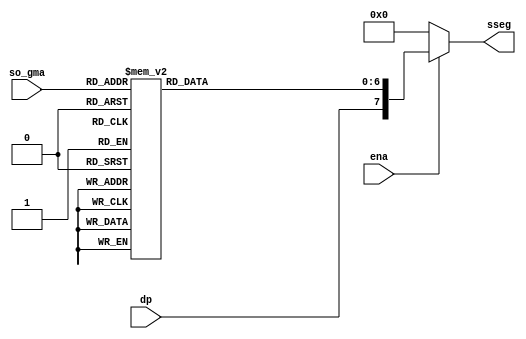
`timescale 1ns / 1ps
//////////////////////////////////////////////////////////////////////////////////
// Company: 
// Engineer: 
// 
// Design Name: 
// Module Name: Giaima_7doan_ena_dp
// Project Name: 
// Target Devices: 
// Tool Versions: 
// Description: 
// 
// Dependencies: 
// 
// Revision:
// Revision 0.01 - File Created
// Additional Comments:
// 
//////////////////////////////////////////////////////////////////////////////////


module Giaima_7doan_ena_dp(
    input   [3:0] so_gma,
    input   ena, dp,
    output  [7:0] sseg
    );
    
reg [6:0] ssegt;
assign sseg = (ena==1'b1) ? {dp,ssegt} : 8'b00000000;    

always @*
    case(so_gma)
        0: ssegt = 7'b0111111;
        1: ssegt = 7'b0000110;
        2: ssegt = 7'b1011011;
        3: ssegt = 7'b1001111;
        4: ssegt = 7'b1100110;
        5: ssegt = 7'b1101101;
        6: ssegt = 7'b1111101;
        7: ssegt = 7'b0000111;
        8: ssegt = 7'b1111111;
        9: ssegt = 7'b1101111;
        10: ssegt = 7'b1110111; //A
        11: ssegt = 7'b1111100; //B
        12: ssegt = 7'b0111001; //C
        13: ssegt = 7'b1011110; //D
        14: ssegt = 7'b1111001; //E
        15: ssegt = 7'b1110001; //F
    endcase
endmodule